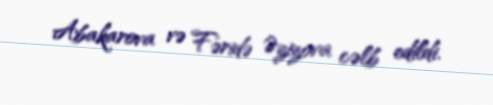
Abakarova və Fəridə Əzizova cəlb edildi.